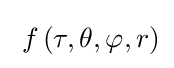
\;f\left(\tau ,\theta ,\varphi ,r\right)